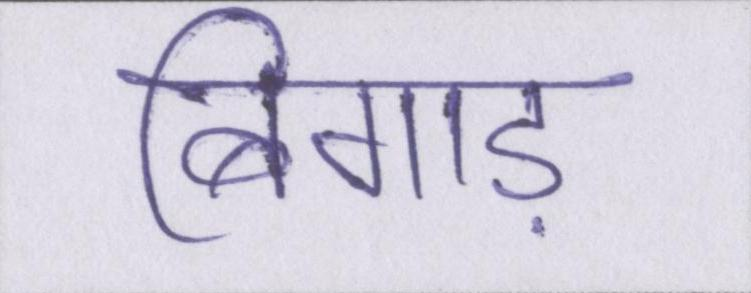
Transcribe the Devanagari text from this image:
बिगाड़